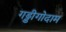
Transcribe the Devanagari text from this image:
गड्डीगोदाम